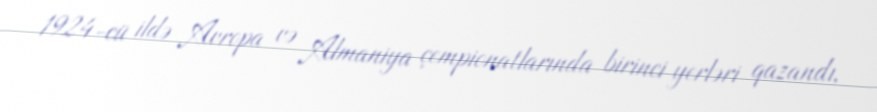
1924-cü ildə Avropa və Almaniya çempionatlarında birinci yerləri qazandı,